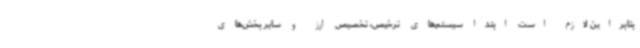
بنابراین لازم است ابتدا سیستم‌های ترخیص، تخصیص ارز و سایر بخش‌های